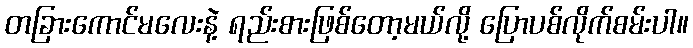
တခြားကောင်မလေးနဲ့ ရည်းစားဖြစ်တော့မယ်လို့ ပြောပစ်လိုက်စမ်းပါ။